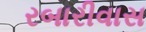
રબારીવાસ